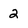
Character: 2